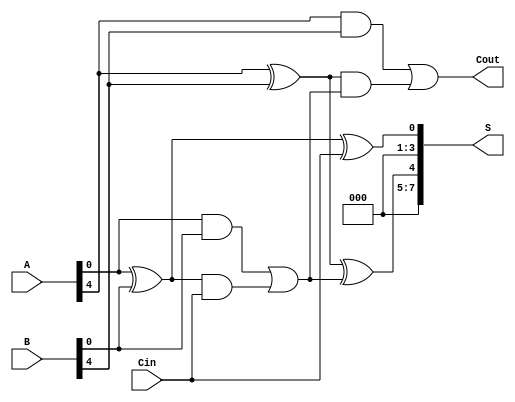
module han_carlson_adder #(parameter N = 8) (
    input [N-1:0] A,
    input [N-1:0] B,
    input Cin,
    output [N-1:0] S,
    output Cout
);

    // Internal signals
    wire [N/4:0] G; // Generate signals
    wire [N/4:0] P; // Propagate signals
    wire [N/4:0] C; // Carry signals

    // Group size
    localparam GROUP_SIZE = 4;

    // Generate and propagate for each group
    genvar i;
    generate
        for (i = 0; i < N/GROUP_SIZE; i = i + 1) begin : group
            wire [GROUP_SIZE-1:0] A_group = A[i*GROUP_SIZE +: GROUP_SIZE];
            wire [GROUP_SIZE-1:0] B_group = B[i*GROUP_SIZE +: GROUP_SIZE];

            // Generate and propagate for the group
            assign G[i] = A_group & B_group; // Generate
            assign P[i] = A_group ^ B_group; // Propagate

            // Carry calculation
            if (i == 0) begin
                assign C[i] = G[i] | (P[i] & Cin); // Carry for the first group
            end else begin
                assign C[i] = G[i] | (P[i] & C[i-1]); // Carry for subsequent groups
            end
        end
    endgenerate

    // Sum calculation
    generate
        for (i = 0; i < N/GROUP_SIZE; i = i + 1) begin : sum
            wire [GROUP_SIZE-1:0] A_group = A[i*GROUP_SIZE +: GROUP_SIZE];
            wire [GROUP_SIZE-1:0] B_group = B[i*GROUP_SIZE +: GROUP_SIZE];

            // Sum for the group
            if (i == 0) begin
                assign S[i*GROUP_SIZE +: GROUP_SIZE] = P[i] ^ Cin; // Sum for the first group
            end else begin
                assign S[i*GROUP_SIZE +: GROUP_SIZE] = P[i] ^ C[i-1]; // Sum for subsequent groups
            end
        end
    endgenerate

    // Final carry out
    assign Cout = C[N/GROUP_SIZE - 1];

endmodule